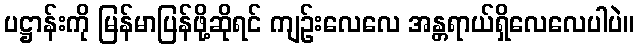
ပဋ္ဌာန်းကို မြန်မာပြန်ဖို့ဆိုရင် ကျဉ်းလေလေ အန္တရာယ်ရှိလေလေပါပဲ။